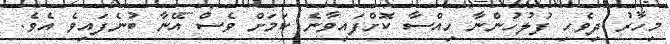
މިހާރު ދިވެހި ފުލުހުންނާ ހިއްސާ ކޮށްފައިވާނެ ކަމަށް ވެސް އޭނާ ބުނެފައިވެ އެވެ.